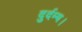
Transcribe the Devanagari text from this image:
दुर्दम्य।